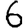
Digit: 6